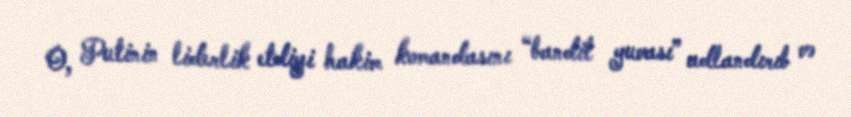
O, Putinin liderlik etdiyi hakim komandasını “bandit yuvası” adlandırıb və